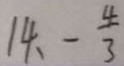
1 4 、 - \frac { 4 } { 3 }